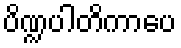
ပိဏ္ဍပါတိကာပေ